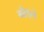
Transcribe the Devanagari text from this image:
गौड्ले